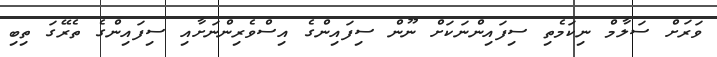
ވަރަށް ސަލާމް ނިކަމެތި ސިފައިންނަކަށް ނޫން ސިފައިންގެ އިސްވެރިންނަށާއި ސިފައިންގެ ތެރޭގަ ތިބި